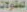
المقاولات